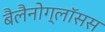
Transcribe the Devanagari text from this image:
बैलैनोग्लॉसस